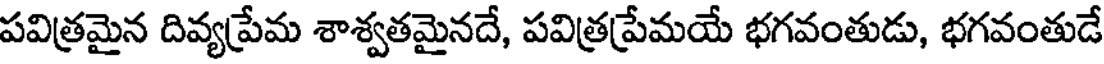
పవిత్రమైన దివ్యప్రేమ శాశ్వతమైనదే, పవిత్రప్రేమయే భగవంతుడు, భగవంతుడే